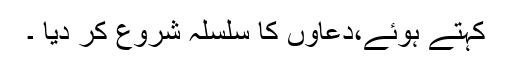
کہتے ہوئے،دعاوں کا سلسلہ شروع کر دیا ۔